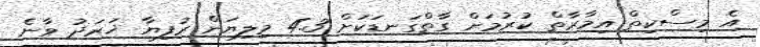
އެ މިސްކިތް އިމާރާތް ކުރުމަށް ގާތްގަނޑަކަށް 4.3 މިލިޔަން ރުފިޔާ ޚަރަދު ވާނެ